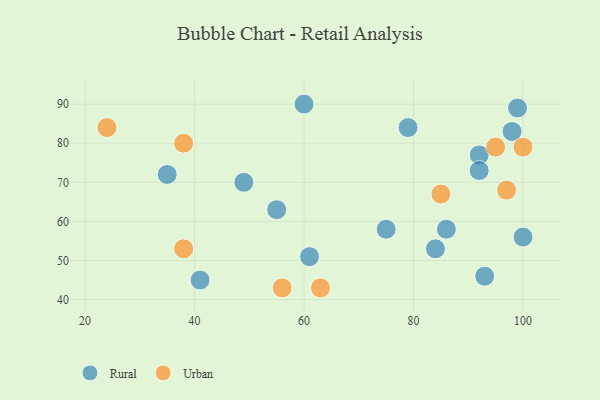
{"axis": {"x": "GDP", "y": "Life Expectancy"}, "legend": ["Rural", "Urban"], "data": [{"x": "84", "y": 53, "type": "Rural"}, {"x": "75", "y": 58, "type": "Rural"}, {"x": "98", "y": 83, "type": "Rural"}, {"x": "55", "y": 63, "type": "Rural"}, {"x": "99", "y": 89, "type": "Rural"}, {"x": "60", "y": 90, "type": "Rural"}, {"x": "86", "y": 58, "type": "Rural"}, {"x": "79", "y": 84, "type": "Rural"}, {"x": "49", "y": 70, "type": "Rural"}, {"x": "41", "y": 45, "type": "Rural"}, {"x": "35", "y": 72, "type": "Rural"}, {"x": "100", "y": 56, "type": "Rural"}, {"x": "61", "y": 51, "type": "Rural"}, {"x": "93", "y": 46, "type": "Rural"}, {"x": "92", "y": 77, "type": "Rural"}, {"x": "92", "y": 73, "type": "Rural"}, {"x": "56", "y": 43, "type": "Urban"}, {"x": "85", "y": 67, "type": "Urban"}, {"x": "38", "y": 80, "type": "Urban"}, {"x": "95", "y": 79, "type": "Urban"}, {"x": "63", "y": 43, "type": "Urban"}, {"x": "38", "y": 53, "type": "Urban"}, {"x": "24", "y": 84, "type": "Urban"}, {"x": "100", "y": 79, "type": "Urban"}, {"x": "97", "y": 68, "type": "Urban"}]}